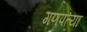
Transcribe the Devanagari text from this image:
गणपत्या